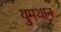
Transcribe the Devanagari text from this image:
युमथान